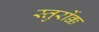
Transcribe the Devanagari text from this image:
स्तुर्रोक्क